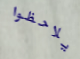
يلاحظوا